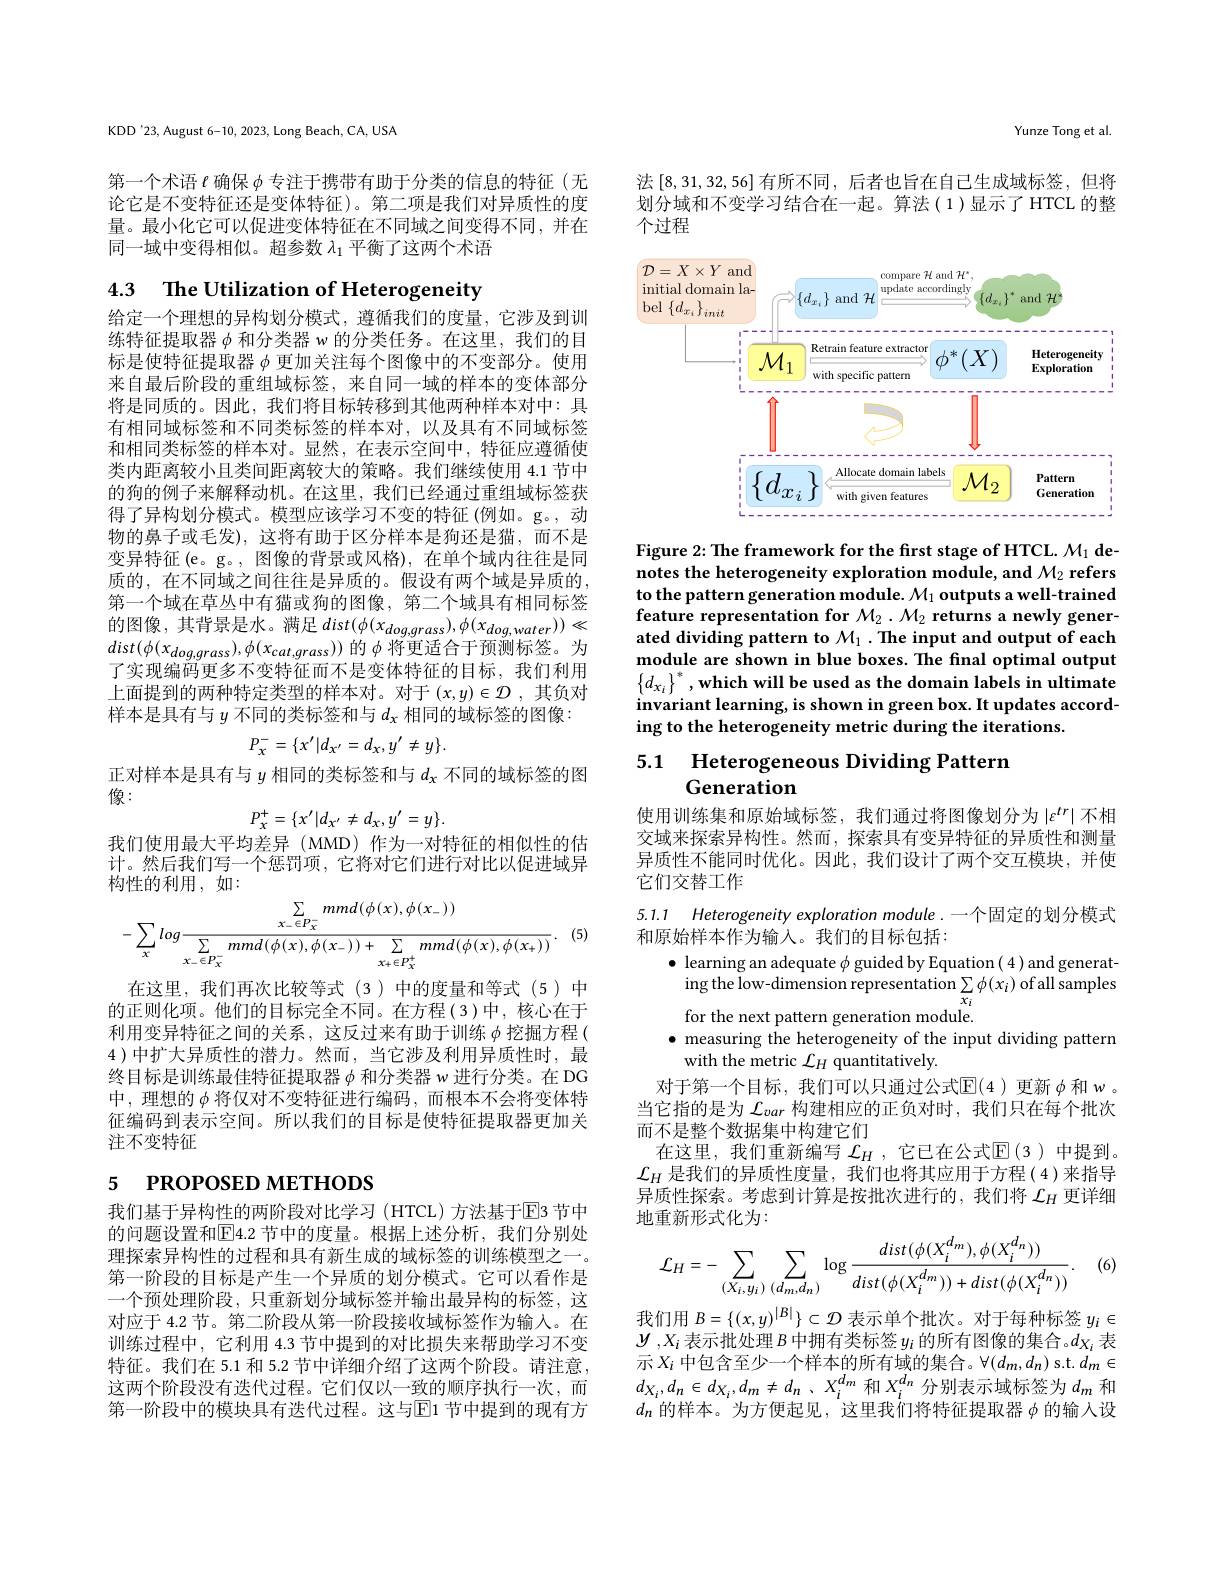
KDD'23, August 6-10, 2023, Long Beach, CA, USA

第一个术语$\ell$确保$\phi$专注于携带有助于分类的信息的特征(无论它是不变特征还是变体特征)。第二项是我们对异质性的度量。最小化它可以促进变体特征在不同域之间变得不同，并在同一域中变得相似。超参数$\lambda_1$平衡了这两个术语

## 4.3 $\textbf{The Utilization of Heterogeneity}$

给定一个理想的异构划分模式，遵循我们的度量，它涉及到训练特征提取器$\phi$和分类器 w 的分类任务。在这里，我们的目标是使特征提取器$\phi$更加关注每个图像中的不变部分。使用来自最后阶段的重组域标签，来自同一域的样本的变体部分将是同质的。因此，我们将目标转移到其他两种样本对中：具有相同域标签和不同类标签的样本对，以及具有不同域标签和相同类标签的样本对。显然，在表示空间中，特征应遵循使类内距离较小且类间距离较大的策略。我们继续使用 4.1 节中的狗的例子来解释动机。在这里，我们已经通过重组域标签获得了异构划分模式。模型应该学习不变的特征(例如。g。,动物的鼻子或毛发),这将有助于区分样本是狗还是猫，而不是变异特征(e。g。, 图像的背景或风格), 在单个域内往往是同质的，在不同域之间往往是异质的。假设有两个域是异质的， 第一个域在草丛中有猫或狗的图像，第二个域具有相同标签的图像，其背景是水。满足$dist(\phi(x_{dog,grass}),\phi(x_{dog,water}))\ll$ $dist(\phi(x_{dog,grass}),\phi(x_{cat,grass}))$的$\phi$将更适合于预测标签。为了实现编码更多不变特征而不是变体特征的目标，我们利用上面提到的两种特定类型的样本对。对于$(x,y)\in\mathcal{D}$ ,其负对样本是具有与$y$不同的类标签和与$d_\mathrm{x}$相同的域标签的图像：
$$P_{x}^{-}=\{x^{\prime}|d_{x^{\prime}}=d_{x},y^{\prime}\neq y\}.$$
正对样本是具有与$y$相同的类标签和与$d_x$不同的域标签的图
像：
$$P_{x}^{+}=\{x^{\prime}|d_{x^{\prime}}\neq d_{x},y^{\prime}=y\}.$$
我们使用最大平均差异(MMD)作为一对特征的相似性的估计。然后我们写一个惩罚项，它将对它们进行对比以促进域异构性的利用，如：
$$\begin{aligned}&\sum_{x_{-}\in P_{x}^{-}}mmd(\phi(x),\phi(x_{-}))\\&-\sum_{x}log\frac{\sum_{x_{-}\in P_{x}^{-}}mmd(\phi(x),\phi(x_{-}))+\sum_{x_{+}\in P_{x}^{+}}mmd(\phi(x),\phi(x_{+}))}{\sum_{x_{-}\in P_{x}^{-}}mmd(\phi(x),\phi(x_{-}))}.\end{aligned}$$
(5)

在这里，我们再次比较等式(3)中的度量和等式(5)中的正则化项。他们的目标完全不同。在方程(3)中，核心在于利用变异特征之间的关系，这反过来有助于训练$\phi$挖掘方程 ( 4 )中扩大异质性的潜力。然而，当它涉及利用异质性时，最终目标是训练最佳特征提取器$\phi$和分类器 w 进行分类。在 DG 中，理想的$\phi$将仅对不变特征进行编码，而根本不会将变体特征编码到表示空间。所以我们的目标是使特征提取器更加关注不变特征

# 5 PROPOSED METHODS

我们基于异构性的两阶段对比学习 (HTCL) 方法基于$\overline{\mathrm{E}}$3 节中的问题设置和$\overline{\mathrm{E}}4.2$ 节中的度量。根据上述分析，我们分别处理探索异构性的过程和具有新生成的域标签的训练模型之一。第一阶段的目标是产生一个异质的划分模式。它可以看作是一个预处理阶段，只重新划分域标签并输出最异构的标签，这对应于 4.2 节。第二阶段从第一阶段接收域标签作为输入。在训练过程中，它利用 4.3 节中提到的对比损失来帮助学习不变特征。我们在 5.1 和 5.2 节中详细介绍了这两个阶段。请注意， 这两个阶段没有迭代过程。它们仅以一致的顺序执行一次，而第一阶段中的模块具有迭代过程。这与$\overline{\mathrm{E}}$1 节中提到的现有方

Yunze Tong et al

法[8,31,32,56]有所不同，后者也旨在自己生成域标签，但将划分域和不变学习结合在一起。算法(1)显示了HTCL 的整个过程

<FigureHere>

Figure 2: The framework for the first stage of HTCL. $M_1\textbf{de- }$ notes the heterogeneity exploration module, and $M_2$ refers to the pattern generation module. $\mathcal{M}_1$ outputs a well-trained feature representation for $\mathcal M_2.\mathcal{M}_2$ returns a newly generated dividing pattern to $\mathcal{M}_1.$ The input and output of each module are shown in blue boxes. The final optimal output $\left \{ d_{x_i}\right \} ^* , \textbf{which will be used as the domain labels in ultimate}$ invariant learning, is shown in green box. It updates according to the heterogeneity metric during the iterations.

5.1 Heterogeneous Dividing Pattern
# Generation

使用训练集和原始域标签，我们通过将图像划分为$\left|\varepsilon^{tr}\right|$不相交域来探索异构性。然而，探索具有变异特征的异质性和测量异质性不能同时优化。因此，我们设计了两个交互模块，并使它们交替工作

5.1.1 Heterogeneity exploration module. 一个固定的划分模式
和原始样本作为输入。我们的目标包括：
$\bullet$ learning an adequate $\phi$ guided by Equation( 4)and generat-
ing the low-dimension representation $\sum_{x_{i}}\phi(x_{i})$ of all samples
for the next pattern generation module.
· measuring the heterogeneity of the input dividing pattern
with the metric $\mathcal{L}_H$ quantitatively
对于第一个目标，我们可以只通过公式$\operatorname{E}(4)$更新$\phi$和 w 。当它指的是为$\mathcal{L}_var$构建相应的正负对时，我们只在每个批次而不是整个数据集中构建它们
在这里，我们重新编写 $\mathcal{L}_H$ ,它已在公式$\mathbb{E}(3)$ 中提到。$\mathcal{L}_H$是我们的异质性度量，我们也将其应用于方程(4)来指导异质性探索。考虑到计算是按批次进行的，我们将$\mathcal{L}_H$更详细地重新形式化为3000年1月200
$$\mathcal{L}_{H}=-\sum_{(X_{i},y_{i})}\sum_{(d_{m},d_{n})}\log\frac{dist(\phi(X_{i}^{d_{m}}),\phi(X_{i}^{d_{n}}))}{dist(\phi(X_{i}^{d_{m}}))+dist(\phi(X_{i}^{d_{n}}))}.$$
(6)

我们用$B=\{(x,y)^{|B|}\}\subset\mathcal{D}$表示单个批次。对于每种标签$y_i\in$ $y^{\prime},X_i$表示批处理$B$中拥有类标签$y_i$的所有图像的集合。$d_X_i$表示$X_i$中包含至少一个样本的所有域的集合。$\forall(d_m,d_n)$ s.t. $d_m\in$ $d_{X_i},d_n\in d_{X_i},d_m\neq d_n$、$X_i^{d_m}$和$X_i^{d_n}$分别表示域标签为$d_m$和$d_n$的样本。为方便起见，这里我们将特征提取器$\phi$的输入设